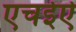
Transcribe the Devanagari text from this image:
एचईऐ